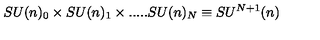
S U ( n ) _ { 0 } \times S U ( n ) _ { 1 } \times . . . . . S U ( n ) _ { N } \equiv S U ^ { N + 1 } ( n )